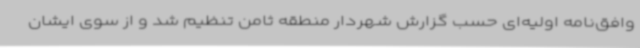
وافق‌نامه اولیه‌ای حسب گزارش شهردار منطقه ثامن تنظیم شد و از سوی ایشان